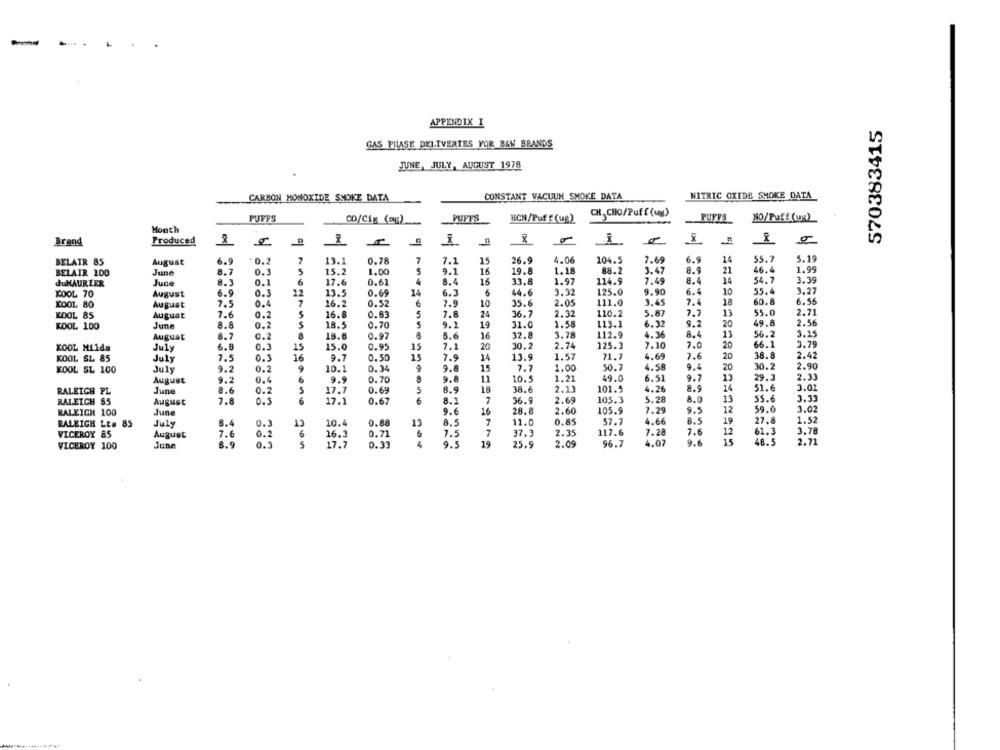
..
APPENDIX I
570383415
GAS PHASE DELIVERIES YOR BOW BRANDS
JUNE, JULY, AUGUST 1978
CONSTANT VACUUM SMOKE DATA
NITRIC OXIDE SMOKE DATA
CARBON MONOXIDE SNOKE DATA
PUFFS
PUFFS
HCN/Puff (ug)
CH CHO/Puff (ug)
PUFFS
NO/Puff(ux)
CO/Cix (ag)
Month
Brand
Produced
x
BELAIR 85
August
6.9
0.2
7
13.1
0.78
7
7.1
15
26.9
4.06
104.5
7.69
6.9
14
$5.7
5.19
June
0.3
5
15.2
1.00
5
9.1
16
19.8
1.18
88.2
3.47
8.9
21
46.4
1.99
BELAIR 100
8.7
duMAURIER
June
8.3
0.1
6
17.6
0.61
4
8.4
16
33.8
1.97
114.9
7.49
8.4
14
54.7
3.39
KOOL 70
6.9
0.3
12
13.5
0.69
14
6.3
6
44.6
3.32
125.0
9.90
6.4
10
55.4
3.27
August
111.0
18
60.8
6.56
KOOL 80
August
7.5
0.4
7
16.2
0.52
6
7.9
10
35.6
2.05
3.45
7.4
KOOL 85
Auguat
7.6
0.2
5
16.8
0.63
5
7.8
24
36.7
2.32
110.2
5.81
13
55.0
2.21
1.58
113.1
6.32
9.2
20
49.8
2.56
KOOL 100
June
8.8
0.2
18.5
0.70
5
9.1
19
31.0
August
8.7
0.2
18.6
0.97
6.6
16
32.8
3.78
112.9
4.36
8.4
13
56.2
3.15
KOOL Milda
6.8
15
15.0
0.95
15
7.1
20
30.2
2.74
125.3
7.0
20
66.1
3.79
July
0.3
KOOL SL 85
July
7.5
0.3
16
9.7
0.50
7.9
14
13.9
1.57
71.7
4.69
7.6
20
38.8
2.42
9.2
0.2
9
10.1
0.34
15
7.7
1.00
50.7
4.58
9.4
20
30.2
2.90
KOOL SL 100
July
9.8
2.33
August
9.2
0.4
6
9.9
0.70
9.8
11
10.5
1.21
49.0
6.51
9.7
13
29.3
June
2.6
0.2
5
17.7
0.69
5
8.9
18
38.6
2.13
101.5
4.26
8.9
14
51.6
3.01
RALEIGH PL
5.28
13
55.6
3.31
RALEIGH 85
August
7.8
0.5
6
17.1
0.67
6
8.
7
36.9
2.69
105.3
8.0
RALEIGH 100
June
9.6
16
28.8
2.60
105.9
7.29
9.9
12
59.0
3.02
8.4
7
11.0
0.85
57.7
4.66
8.5
19
27,8
1.52
RALEIGH LE# 85
July
0.1
13
10.4
0.88
13
8.5
VICEROY 85
August
7.6
0.2
6
16.3
0.71
6
7.5
7
37.3
2.35
117.6
7.28
7.6
12
61.3
3.78
6.9
9.5
4.07
9.6
15
48.5
2.71
VICEROY 100
June
0.3
17.7
0.33
19
25.9
2.09
96.7